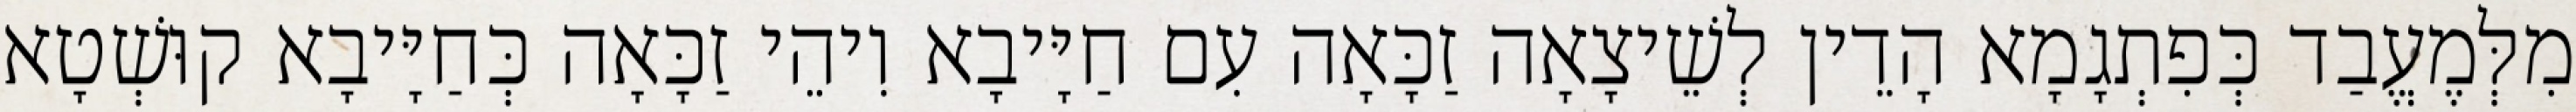
מִלְּמֶעֱבַד כְּפִתְגָמָא הָדֵין לְשֵׁיצָאָה זַכָּאָה עִם חַיָּיבָא וִיהֵי זַכָּאָה כְּחַיָּיבָא קוּשְׁטָא